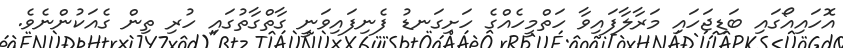
އޮހައިއޯގައި ބަޑިޖަހައި މަރާލާފައިވާ ހަތްމީހެއްގެ ހަށިގަނޑު ފެނިފައިވަނީ ގާތްގާތުގައި ހުރި ތިން ގެއަކުންނެވެ.